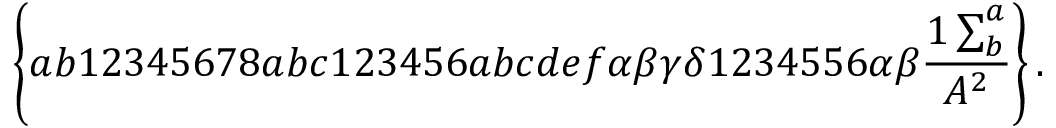
\left\{ a b 1 2 3 4 5 6 7 8 a b c 1 2 3 4 5 6 a b c d e f \alpha \beta \gamma \delta 1 2 3 4 5 5 6 \alpha \beta \frac { 1 \sum _ { b } ^ { a } } { A ^ { 2 } } \right\} .